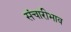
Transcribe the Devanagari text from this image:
संचारीभाव